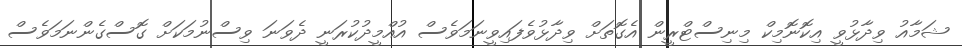
ޝަމާއު ވިދާޅުވީ އިކޮނޮމިކް މިނިސްޓްރީން އެގޮތަށް ވިދާޅުވެފައިވީނަމަވެސް އުއްމީދުކުރަނީ ދެވަނަ ވިސްނުމަކަށް ގޮސްގެންނަމަވެސް